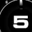
Digit: 5